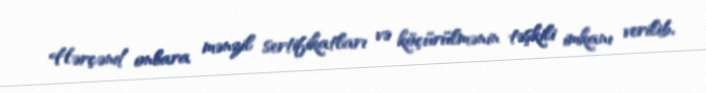
Hərçənd onlara mənzil sertifikatları və köçürülmənin təşkili imkanı verilib,